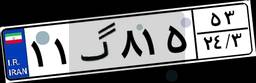
۱۱گ۸۱۵۵۳